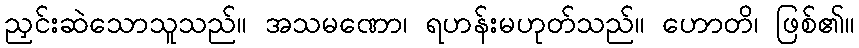
ညှင်းဆဲသောသူသည်။ အသမဏော၊ ရဟန်းမဟုတ်သည်။ ဟောတိ၊ ဖြစ်၏။